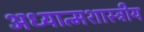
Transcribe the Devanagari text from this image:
अध्यात्मशास्त्रीय